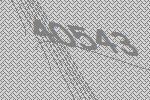
40543